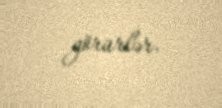
görürlər.